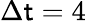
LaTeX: \Delta\mathsf{t}=4